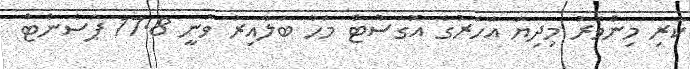
ކުރި މިންވަރު މިދިޔަ އަހަރުގެ އޮގަސްޓް މަހާ ބަލާއިރު ވަނީ 17.8 ޕަސެންޓް